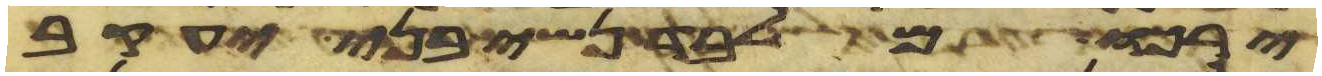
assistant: ירכו מלבד נשי בני יעקב